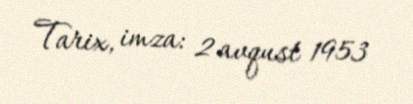
Tarix, imza: 2 avqust 1953